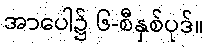
အာပေါ၌ ၆-စီနှစ်ပုဒ်။